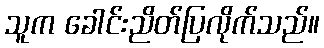
သူက ခေါင်းညိတ်ပြလိုက်သည်။